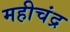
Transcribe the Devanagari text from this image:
महीचंद्र